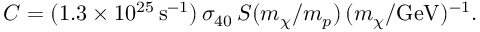
C = ( 1 . 3 \times 1 0 ^ { 2 5 } \, \mathrm { s } ^ { - 1 } ) \, \sigma _ { 4 0 } \, S ( m _ { \chi } / m _ { p } ) \, ( m _ { \chi } / \mathrm { G e V } ) ^ { - 1 } .